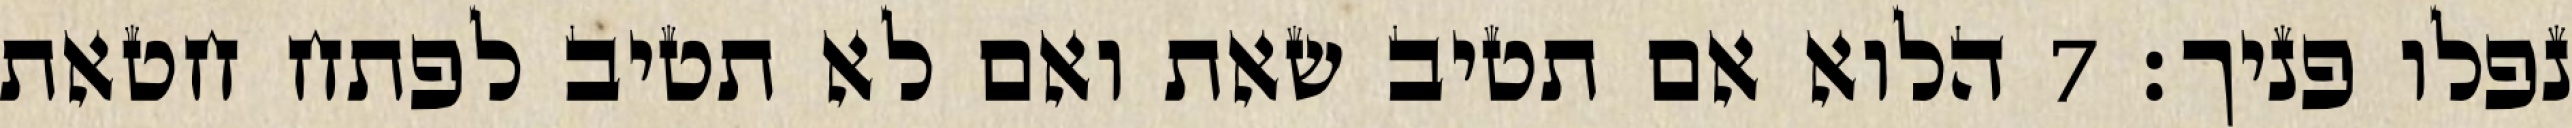
נפלו פניך׃ ‎7‏ הלוא אם תטיב שאת ואם לא תטיב לפתח חטאת